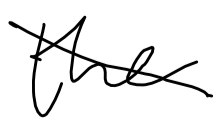
Text: the
Cross-out: diagonal
Writing tool: digital_black